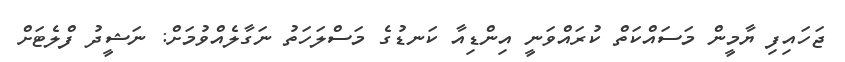
ޖަހައިފި ޔާމީން މަސައްކަތް ކުރައްވަނީ އިންޑިއާ ކަނޑުގެ މަސްލަހަތު ނަގާލެއްވުމަށް: ނަޝީދު ފްލެޓަށް